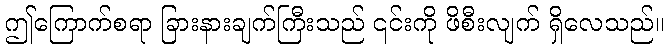
ဤကြောက်စရာ ခြားနားချက်ကြီးသည် ၎င်းကို ဖိစီးလျက် ရှိလေသည်။